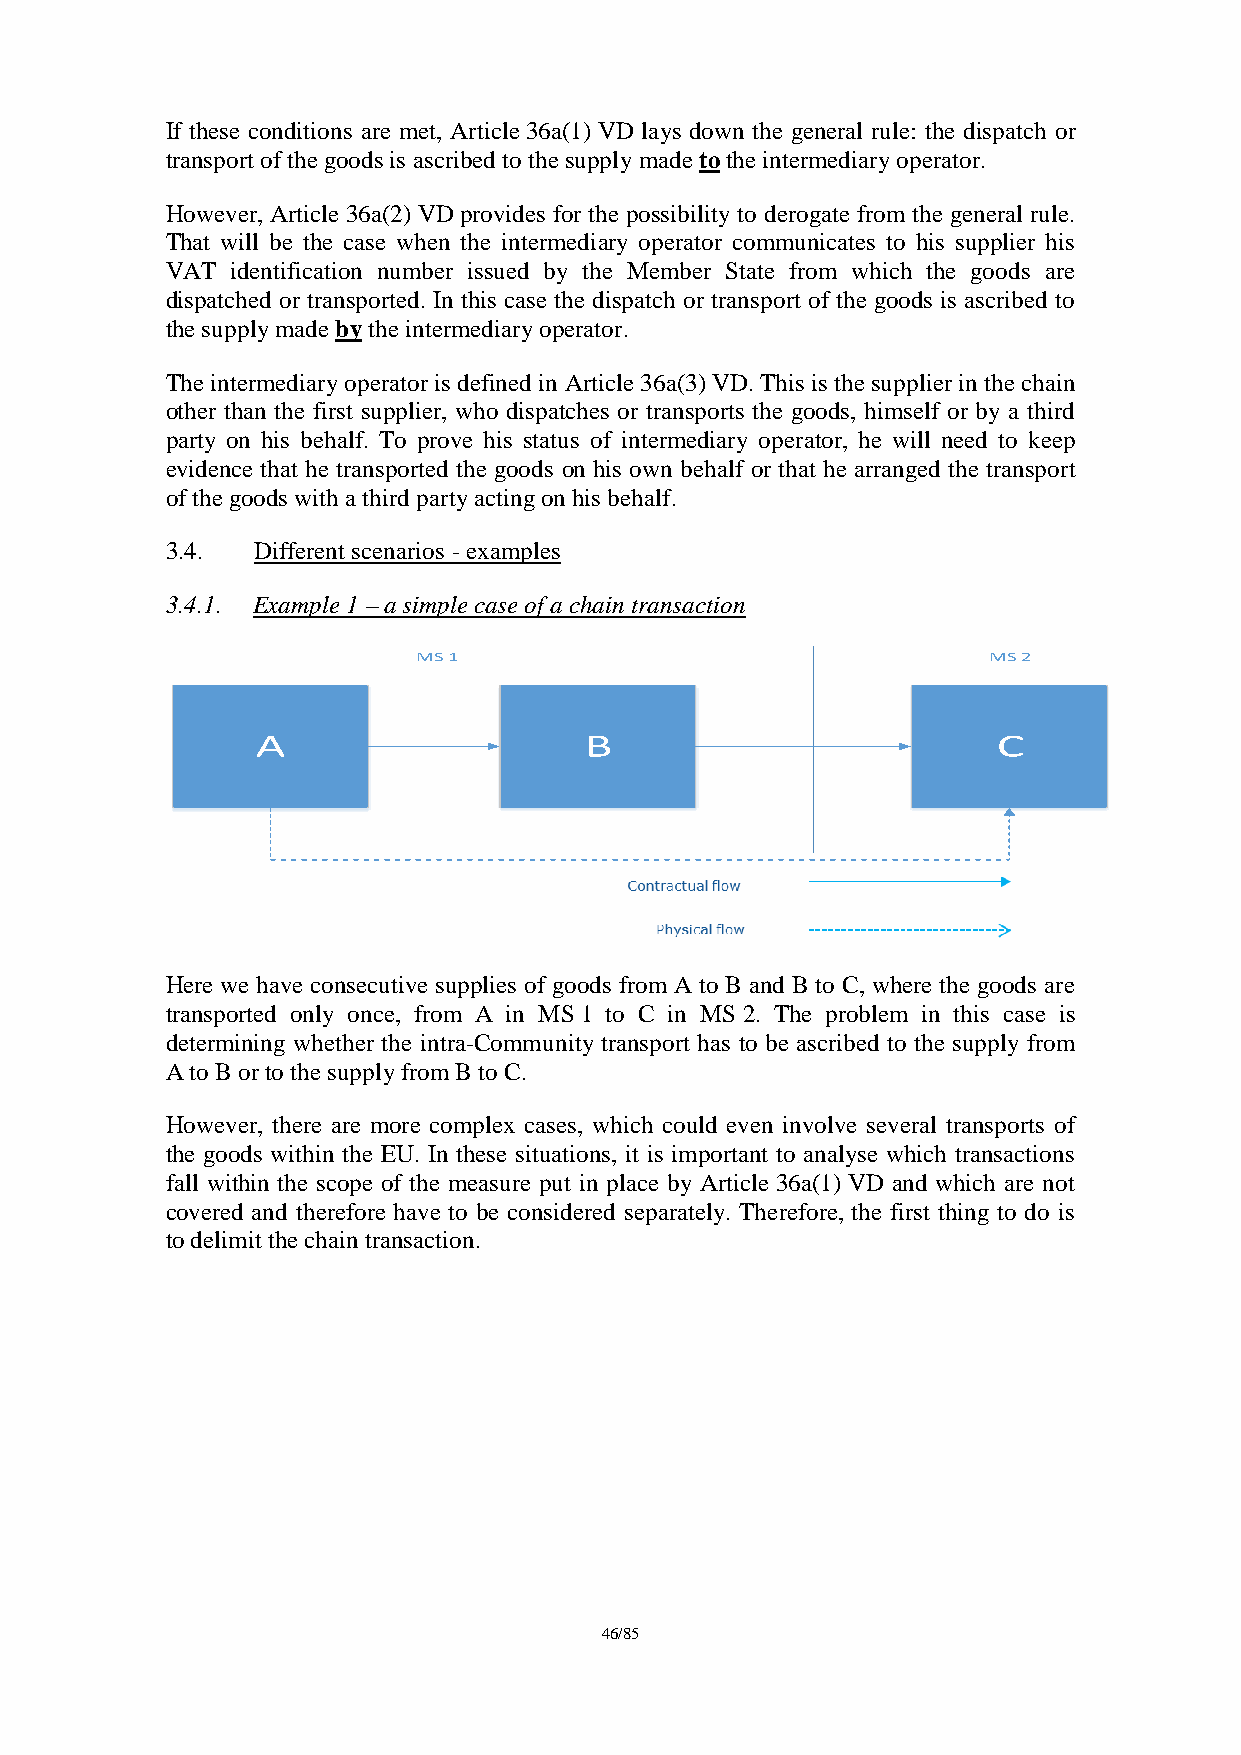
If these conditions are met, Article 36a(1) VD lays down the general rule: the dispatch or
 transport of the goods is ascribed to the supply made to the intermediary operator.
 However, Article 36a(2) VD provides for the possibility to derogate from the general rule.
 That will be the case when the intermediary operator communicates to his supplier his
 VAT identification number issued by the Member State from which the goods are
 dispatched or transported. In this case the dispatch or transport of the goods is ascribed to
 the supply made by the intermediary operator.
 The intermediary operator is defined in Article 36a(3) VD. This is the supplier in the chain
 other than the first supplier, who dispatches or transports the goods, himself or by a third
 party on his behalf. To prove his status of intermediary operator, he will need to keep
 evidence that he transported the goods on his own behalf or that he arranged the transport
 of the goods with a third party acting on his behalf.
 3.4.  Different scenarios - examples
 3.4.1. Example 1 – a simple case of a chain transaction
 MS 1                                 MS 2
 A                     B                          C
 Here we have consecutive supplies of goods from A to B and B to C, where the goods are
 transported only once, from A in MS 1 to C in MS 2. The problem in this case is
 determining whether the intra-Community transport has to be ascribed to the supply from
 A to B or to the supply from B to C.
 However, there are more complex cases, which could even involve several transports of
 the goods within the EU. In these situations, it is important to analyse which transactions
 fall within the scope of the measure put in place by Article 36a(1) VD and which are not
 covered and therefore have to be considered separately. Therefore, the first thing to do is
 to delimit the chain transaction.
 46/85